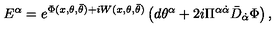
{ E } ^ { { \alpha } } = e ^ { \Phi ( x , \theta , \bar { \theta } ) + i W ( x , \theta , \bar { \theta } ) } \left( d { \theta } ^ { \alpha } + { 2 i } \Pi ^ { \alpha \dot { \alpha } } \bar { D } _ { \dot { \alpha } } \Phi \right) ,